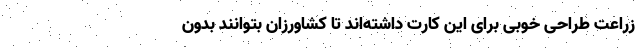
زراعت طراحی خوبی برای این کارت داشته‌اند تا کشاورزان بتوانند بدون